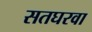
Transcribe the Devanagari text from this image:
सतघरवा